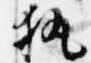
執